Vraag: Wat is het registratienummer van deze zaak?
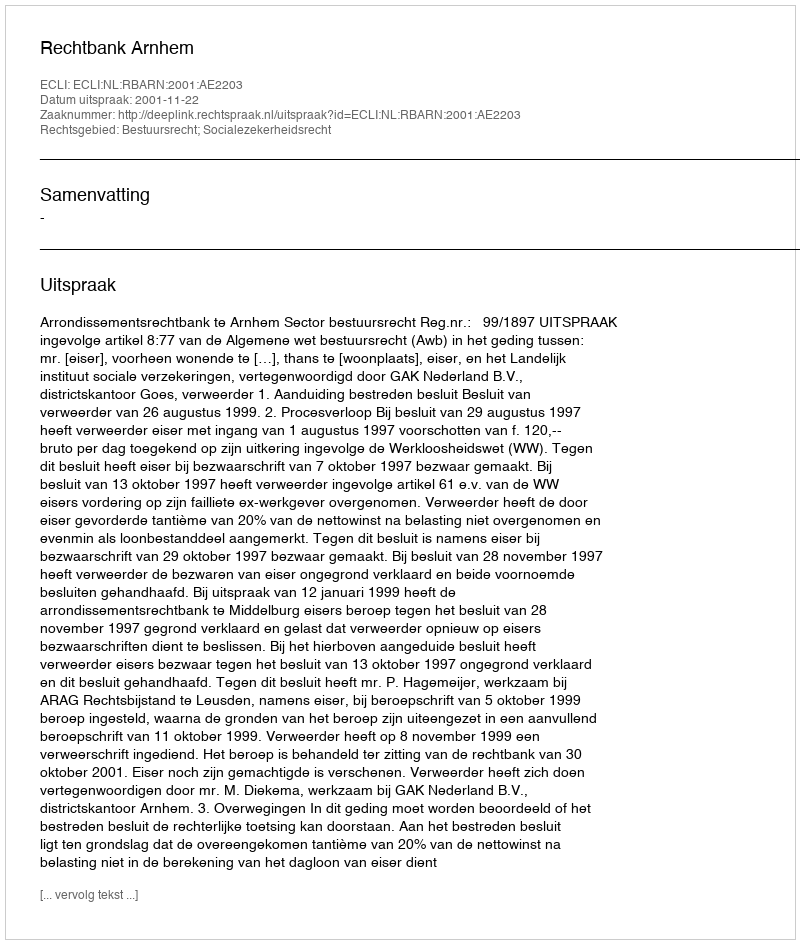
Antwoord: http://deeplink.rechtspraak.nl/uitspraak?id=ECLI:NL:RBARN:2001:AE2203